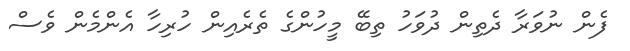
ފެން ނުވަރާ ދެތިން ދުވަހު ތިބޭ މީހުންގެ ތެރެއިން ހުރިހާ އެންމެން ވެސް